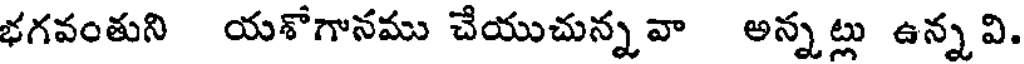
భగవంతుని యశోగానము చేయుచున్నవా అన్నట్లు ఉన్నవి.